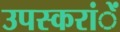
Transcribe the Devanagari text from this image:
उपस्करांें